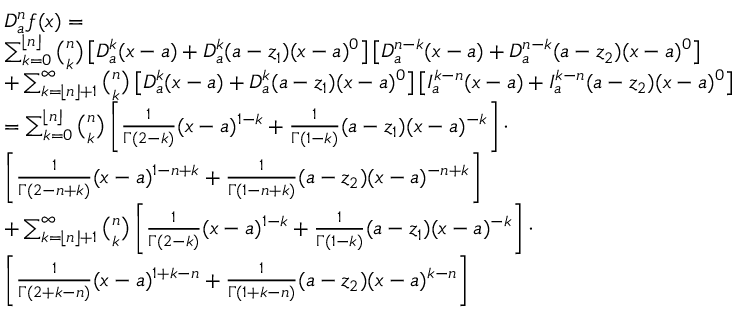
\begin{array} { r l } & { D _ { a } ^ { n } f ( x ) = } \\ & { \sum _ { k = 0 } ^ { \lfloor n \rfloor } \binom { n } { k } \left[ D _ { a } ^ { k } ( x - a ) + D _ { a } ^ { k } ( a - z _ { 1 } ) ( x - a ) ^ { 0 } \right] \left[ D _ { a } ^ { n - k } ( x - a ) + D _ { a } ^ { n - k } ( a - z _ { 2 } ) ( x - a ) ^ { 0 } \right] } \\ & { + \sum _ { k = \lfloor n \rfloor + 1 } ^ { \infty } \binom { n } { k } \left[ D _ { a } ^ { k } ( x - a ) + D _ { a } ^ { k } ( a - z _ { 1 } ) ( x - a ) ^ { 0 } \right] \left[ I _ { a } ^ { k - n } ( x - a ) + I _ { a } ^ { k - n } ( a - z _ { 2 } ) ( x - a ) ^ { 0 } \right] } \\ & { = \sum _ { k = 0 } ^ { \lfloor n \rfloor } \binom { n } { k } \left[ \frac { 1 } { \Gamma ( 2 - k ) } ( x - a ) ^ { 1 - k } + \frac { 1 } { \Gamma ( 1 - k ) } ( a - z _ { 1 } ) ( x - a ) ^ { - k } \right] \cdot } \\ & { \left[ \frac { 1 } { \Gamma ( 2 - n + k ) } ( x - a ) ^ { 1 - n + k } + \frac { 1 } { \Gamma ( 1 - n + k ) } ( a - z _ { 2 } ) ( x - a ) ^ { - n + k } \right] } \\ & { + \sum _ { k = \lfloor n \rfloor + 1 } ^ { \infty } \binom { n } { k } \left[ \frac { 1 } { \Gamma ( 2 - k ) } ( x - a ) ^ { 1 - k } + \frac { 1 } { \Gamma ( 1 - k ) } ( a - z _ { 1 } ) ( x - a ) ^ { - k } \right] \cdot } \\ & { \left[ \frac { 1 } { \Gamma ( 2 + k - n ) } ( x - a ) ^ { 1 + k - n } + \frac { 1 } { \Gamma ( 1 + k - n ) } ( a - z _ { 2 } ) ( x - a ) ^ { k - n } \right] } \end{array}